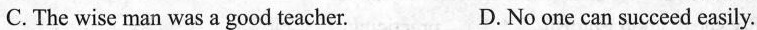
C. The wise man was a good teacher. D. No one can succeed easily.